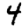
Digit: 4